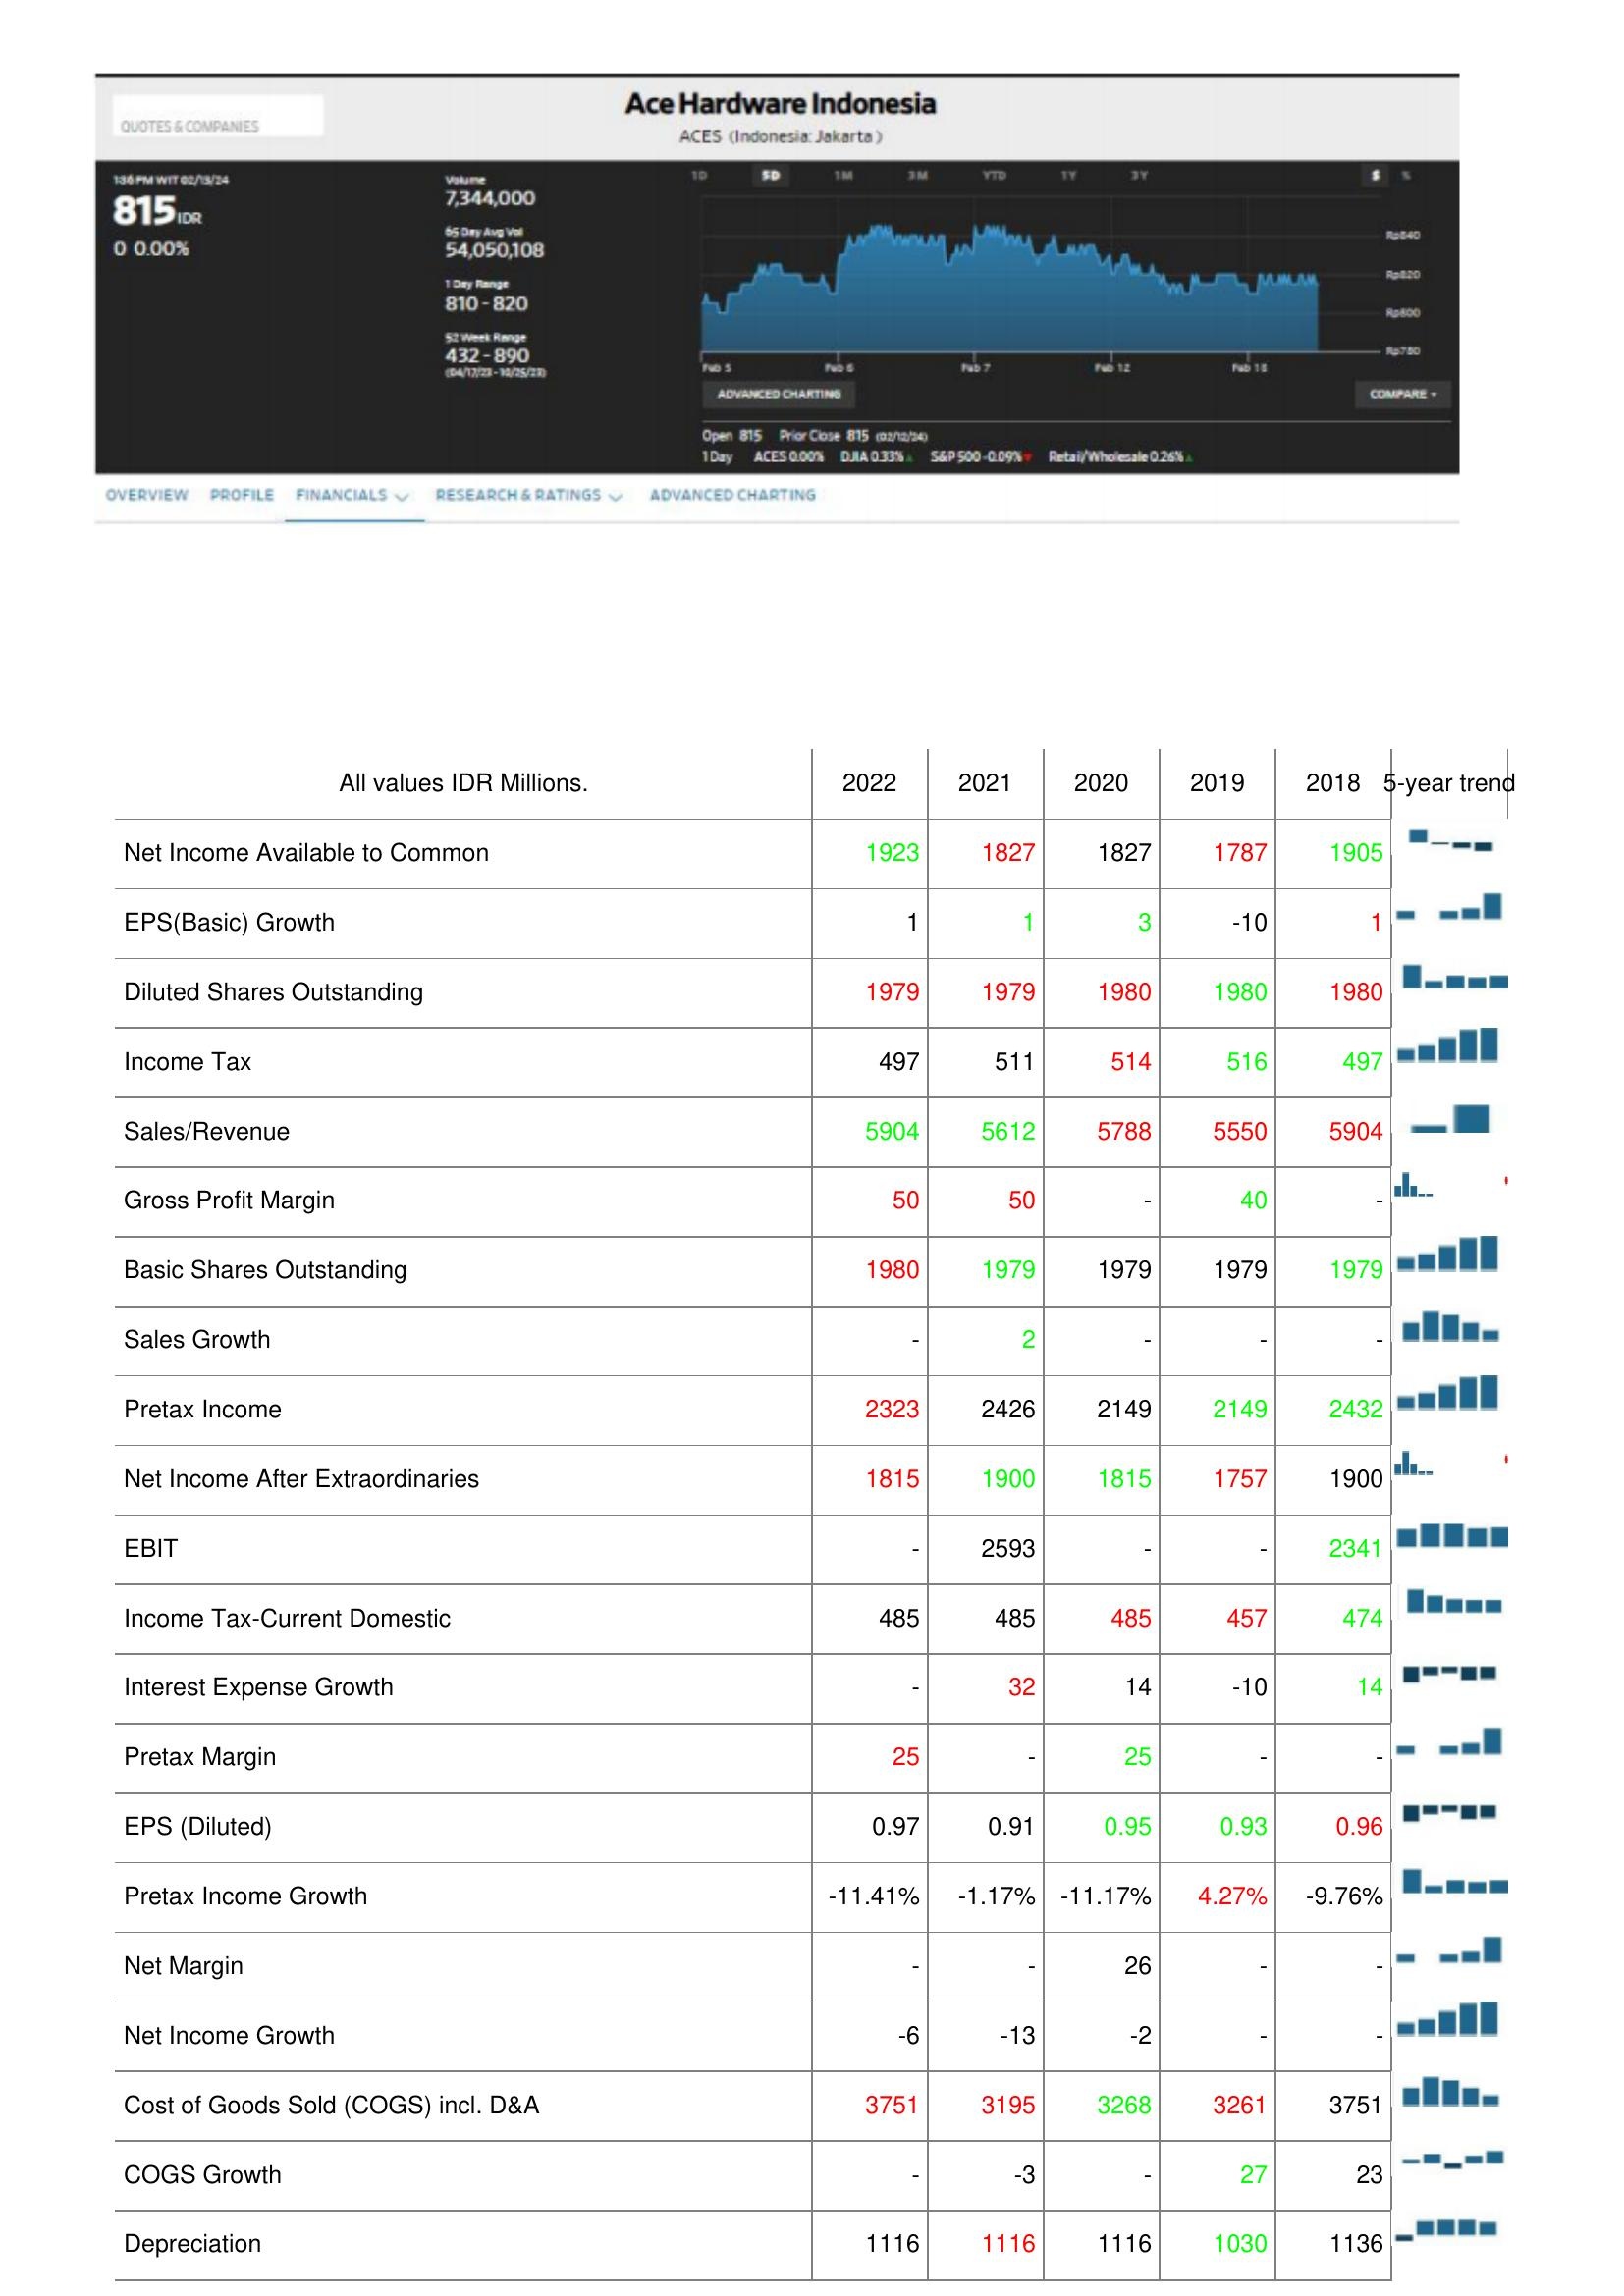
2022: : Net Income Available to Common: 1923
EPS(Basic) Growth: 1
Diluted Shares Outstanding: 1979
Income Tax: 497
Sales/Revenue: 5904
Gross Profit Margin: 50
Basic Shares Outstanding: 1980
Sales Growth: -
Pretax Income: 2323
Net Income After Extraordinaries: 1815
EBIT: -
Income Tax-Current Domestic: 485
Interest Expense Growth: -
Pretax Margin: 25
EPS (Diluted): 0.97
Pretax Income Growth: -11.41%
Net Margin: -
Net Income Growth: -6
Cost of Goods Sold (COGS) incl. D&A: 3751
COGS Growth: -
Depreciation: 1116
2021: : Net Income Available to Common: 1827
EPS(Basic) Growth: 1
Diluted Shares Outstanding: 1979
Income Tax: 511
Sales/Revenue: 5612
Gross Profit Margin: 50
Basic Shares Outstanding: 1979
Sales Growth: 2
Pretax Income: 2426
Net Income After Extraordinaries: 1900
EBIT: 2593
Income Tax-Current Domestic: 485
Interest Expense Growth: 32
Pretax Margin: -
EPS (Diluted): 0.91
Pretax Income Growth: -1.17%
Net Margin: -
Net Income Growth: -13
Cost of Goods Sold (COGS) incl. D&A: 3195
COGS Growth: -3
Depreciation: 1116
2020: : Net Income Available to Common: 1827
EPS(Basic) Growth: 3
Diluted Shares Outstanding: 1980
Income Tax: 514
Sales/Revenue: 5788
Gross Profit Margin: -
Basic Shares Outstanding: 1979
Sales Growth: -
Pretax Income: 2149
Net Income After Extraordinaries: 1815
EBIT: -
Income Tax-Current Domestic: 485
Interest Expense Growth: 14
Pretax Margin: 25
EPS (Diluted): 0.95
Pretax Income Growth: -11.17%
Net Margin: 26
Net Income Growth: -2
Cost of Goods Sold (COGS) incl. D&A: 3268
COGS Growth: -
Depreciation: 1116
2019: : Net Income Available to Common: 1787
EPS(Basic) Growth: -10
Diluted Shares Outstanding: 1980
Income Tax: 516
Sales/Revenue: 5550
Gross Profit Margin: 40
Basic Shares Outstanding: 1979
Sales Growth: -
Pretax Income: 2149
Net Income After Extraordinaries: 1757
EBIT: -
Income Tax-Current Domestic: 457
Interest Expense Growth: -10
Pretax Margin: -
EPS (Diluted): 0.93
Pretax Income Growth: 4.27%
Net Margin: -
Net Income Growth: -
Cost of Goods Sold (COGS) incl. D&A: 3261
COGS Growth: 27
Depreciation: 1030
2018: : Net Income Available to Common: 1905
EPS(Basic) Growth: 1
Diluted Shares Outstanding: 1980
Income Tax: 497
Sales/Revenue: 5904
Gross Profit Margin: -
Basic Shares Outstanding: 1979
Sales Growth: -
Pretax Income: 2432
Net Income After Extraordinaries: 1900
EBIT: 2341
Income Tax-Current Domestic: 474
Interest Expense Growth: 14
Pretax Margin: -
EPS (Diluted): 0.96
Pretax Income Growth: -9.76%
Net Margin: -
Net Income Growth: -
Cost of Goods Sold (COGS) incl. D&A: 3751
COGS Growth: 23
Depreciation: 1136